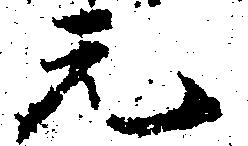
元